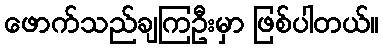
ဖောက်သည်ချကြဦးမှာ ဖြစ်ပါတယ်။